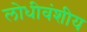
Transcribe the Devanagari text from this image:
लोधीवंशीय